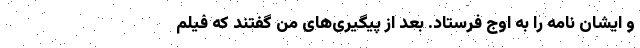
و ایشان نامه را به اوج فرستاد. بعد از پیگیری‌های من گفتند که فیلم